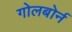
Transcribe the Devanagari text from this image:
गोलबोर्न